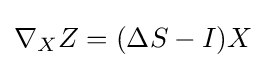
\nabla _{X}Z=(\Delta S-I)X